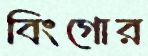
বিংগোর